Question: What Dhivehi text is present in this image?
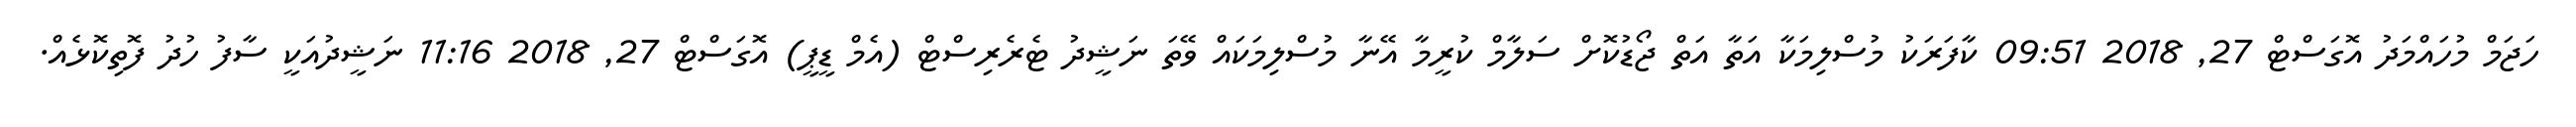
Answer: ހަޖަމް މުހައްމަދު އޮގަސްޓް 27, 2018 09:51 ކާފަރަކު މުސްލިމަކާ އަތާ އަތް ޖޯޑުކޮށް ސަލާމް ކުރީމާ އޭނާ މުސްލިމަކައް ވޭތަ ނަޝީދު ޓެރެރިސްޓް (އެމް ޑީޕީ) އޮގަސްޓް 27, 2018 11:16 ނަޝީދުއަކީ ސާފު ހުދު ފޮތިކޮޅެއް.